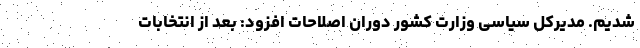
شدیم. مدیرکل سیاسی وزارت کشور دوران اصلاحات افزود: بعد از انتخابات